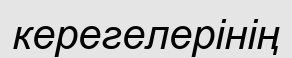
керегелерінің